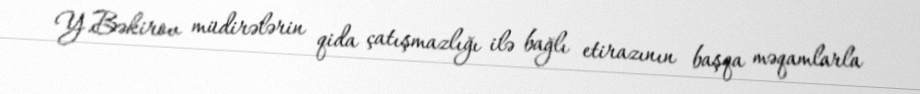
Y.Bəkirov müdirələrin qida çatışmazlığı ilə bağlı etirazının başqa məqamlarla